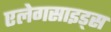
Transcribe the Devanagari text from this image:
एलेगसाइड्स